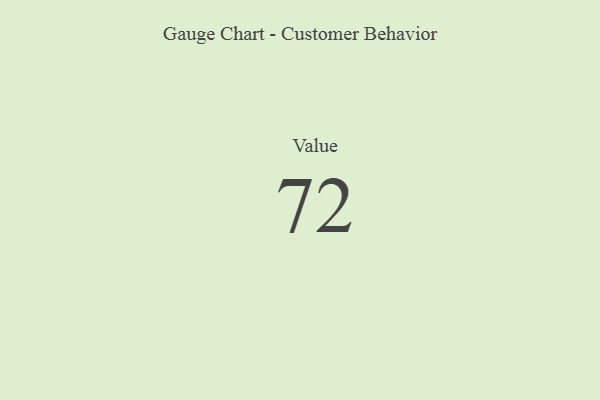
{"axis": {"x": "Metric", "y": "Value"}, "legend": [""], "data": [{"x": "Value", "y": 72, "type": ""}]}